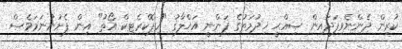
ކުރިން ދެންނެވިފަދައިން ޞިއްޙީ ޚިދުމަތުގެ ފަންނީ އަޚްލާޤު "ހިޕޮކްރެޓިކް އޯތު" އިން ފެށުނުނަމަވެސް